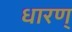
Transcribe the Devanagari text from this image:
धारण्